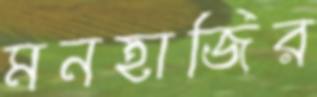
মনহাজির